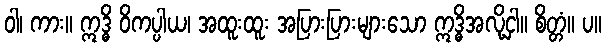
ဝါ၊ ကား။ ဣဒ္ဓိ ဝိကပ္ပါယ၊ အထူးထူး အပြားပြားများသော ဣဒ္ဓိအလို့ငှါ။ စိတ္တံ။ ပ။